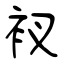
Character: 衩